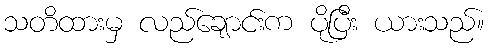
သတိထားမှ လည်ချောင်းက ပိုပြီး ယားသည်။